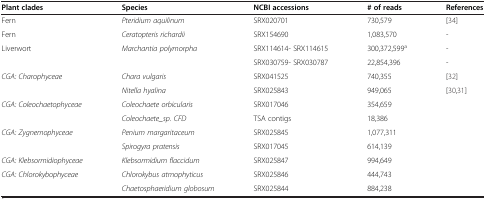
<table><thead><tr><td><b>Plant clades</b></td><td><b>Species</b></td><td><b>NCBI accessions</b></td><td><b># of reads</b></td><td><b>References</b></td></tr></thead><tbody><tr><td>Fern</td><td><i>Pteridium aquilinum</i></td><td>SRX020701</td><td>730,579</td><td>[34]</td></tr><tr><td>Fern</td><td><i>Ceratopteris richardii</i></td><td>SRX154690</td><td>1,083,570</td><td>-</td></tr><tr><td rowspan="2">Liverwort</td><td rowspan="2"><i>Marchantia polymorpha</i></td><td>SRX114614- SRX114615</td><td>300,372,599<sup>a</sup></td><td>-</td></tr><tr><td>SRX030759- SRX030787</td><td>22,854,396</td><td>-</td></tr><tr><td rowspan="2"><i>CGA: Charophyceae</i></td><td><i>Chara vulgaris</i></td><td>SRX041525</td><td>740,355</td><td>[32]</td></tr><tr><td><i>Nitella hyalina</i></td><td>SRX025843</td><td>949,065</td><td rowspan="7">[30,31]</td></tr><tr><td rowspan="2"><i>CGA: Coleochaetophyceae</i></td><td><i>Coleochaete orbicularis</i></td><td>SRX017046</td><td>354,659</td></tr><tr><td><i>Coleochaete_sp. CFD</i></td><td>TSA contigs</td><td>18,386</td></tr><tr><td rowspan="2"><i>CGA: Zygnemophyceae</i></td><td><i>Penium margaritaceum</i></td><td>SRX025845</td><td>1,077,311</td></tr><tr><td><i>Spirogyra pratensis</i></td><td>SRX017045</td><td>614,139</td></tr><tr><td><i>CGA: Klebsormidiophyceae</i></td><td><i>Klebsormidium flaccidum</i></td><td>SRX025847</td><td>994,649</td></tr><tr><td><i>CGA: Chlorokybophyceae</i></td><td><i>Chlorokybus atmophyticus</i></td><td>SRX025846</td><td>444,743</td></tr><tr><td> </td><td><i>Chaetosphaeridium globosum</i></td><td>SRX025844</td><td>884,238</td><td> </td></tr></tbody></table>